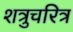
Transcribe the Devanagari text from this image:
शत्रुचरित्र